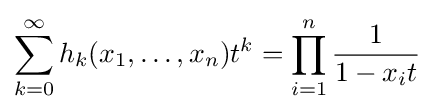
\sum _{k=0}^{\infty }h_{k}(x_{1},\ldots ,x_{n})t^{k}=\prod _{i=1}^{n}{\frac {1}{1-x_{i}t}}